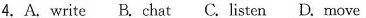
4.A.write B.chat C.listen D.move